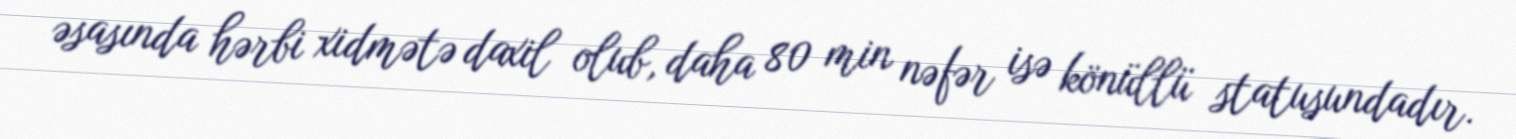
əsasında hərbi xidmətə daxil olub, daha 80 min nəfər isə könüllü statusundadır.